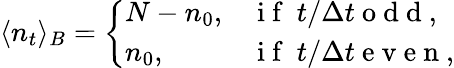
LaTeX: \langle n_{t}\rangle_{B}=\left\{ \begin{array}{ll}{N-n_{0},}&{\mathrm{~i~f~}\ t/\Delta t\mathrm{~o~d~d~},}\\ {n_{0},}&{\mathrm{~i~f~}\ t/\Delta t\mathrm{~e~v~e~n~},}\end{array}\right.